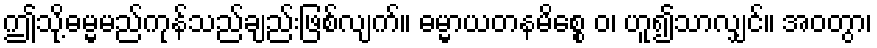
ဤသို့ဓမ္မမည်ကုန်သည်ချည်းဖြစ်လျက်။ ဓမ္မာယတနမိစ္စေ ဝ၊ ဟူ၍သာလျှင်။ အဝတွာ၊